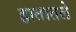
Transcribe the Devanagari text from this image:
हातातले